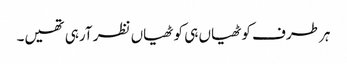
ہر طرف کوٹھیاں ہی کوٹھیاں نظر آرہی تھیں۔